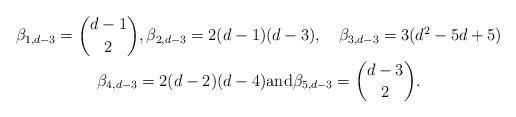
LaTeX: \begin{gather*} \beta_{1,d-3}={{d-1}\choose{2}},\beta_{2,d-3}=2(d-1)(d-3),\quad\beta_{3,d-3}=3(d^2-5d+5) \\ \beta_{4,d-3}=2(d-2)(d-4)\mbox{and} \beta_{5,d-3}={{d-3}\choose{2}}.\end{gather*}